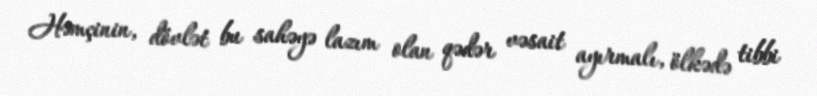
Həmçinin, dövlət bu sahəyə lazım olan qədər vəsait ayırmalı, ölkədə tibbi